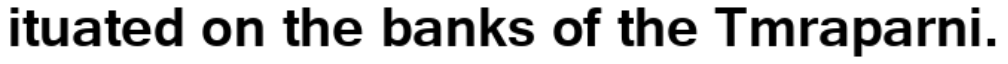
ituated on the banks of the Tmraparni.